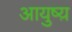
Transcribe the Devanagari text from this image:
आयुष्य़